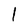
Character: l